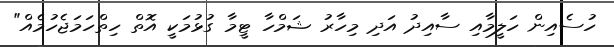
ހުސެއިން ހަލީމާއި ސާއިދު އަދި މިހާރު ޝަމްހާ ޓީމާ ގުޅުމަކީ އޮތް ހިތްހަމަޖެހުމެއް"